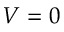
V = 0